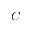
C